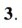
3.